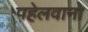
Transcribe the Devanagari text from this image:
पहेलवानो